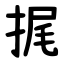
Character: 捤